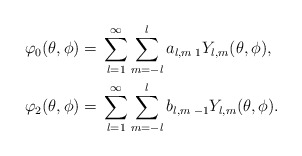
\begin{align*}\varphi_{0}(\theta,\phi)={}&\sum_{l=1}^\infty\sum_{m=-l}^{l} a_{l,m}\thinspace {}_1 Y_{l,m}(\theta,\phi), \\\varphi_{2}(\theta,\phi)={}&\sum_{l=1}^\infty\sum_{m=-l}^{l} b_{l,m}\thinspace {}_{-1} Y_{l,m}(\theta,\phi). \end{align*}